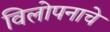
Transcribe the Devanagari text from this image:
विलोपनाचे